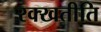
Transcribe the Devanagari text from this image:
रक्खतीति